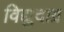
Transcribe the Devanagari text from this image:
विद्युदाग्र